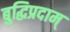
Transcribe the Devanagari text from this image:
बुद्धिप्रदाम्